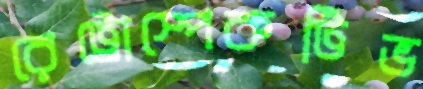
রেট্রোস্পেকটিভ